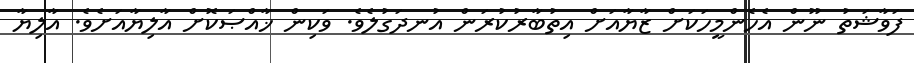
ފަވާޝަތު ނޫން އެހެންމީހަކަށް ޒާޔާއަށް އިތުބާރުކުރަން އުނދަގުލެވެ. ވަކިން ޚާއްޞަކޮށް އާލިޔާއަށެވެ. އާލިޔާ